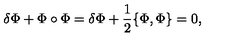
\delta \Phi + \Phi \circ \Phi = \delta \Phi + \frac { 1 } { 2 } \{ \Phi , \Phi \} = 0 ,